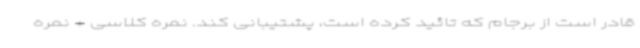
قادر است از برجام که تائید کرده است، پشتیبانی کند. نمره کلاسی + نمره